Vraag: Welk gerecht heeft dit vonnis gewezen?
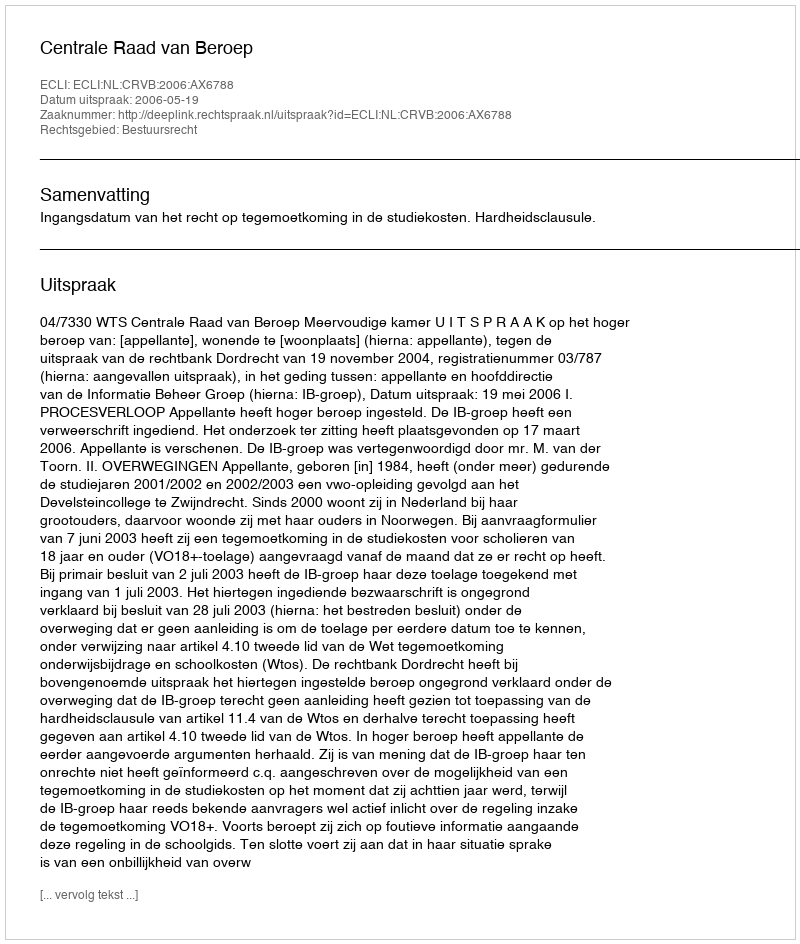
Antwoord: Centrale Raad van Beroep